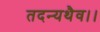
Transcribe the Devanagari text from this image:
तदन्यथैव।।